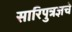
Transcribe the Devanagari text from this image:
सारिपुत्रज्ञचे